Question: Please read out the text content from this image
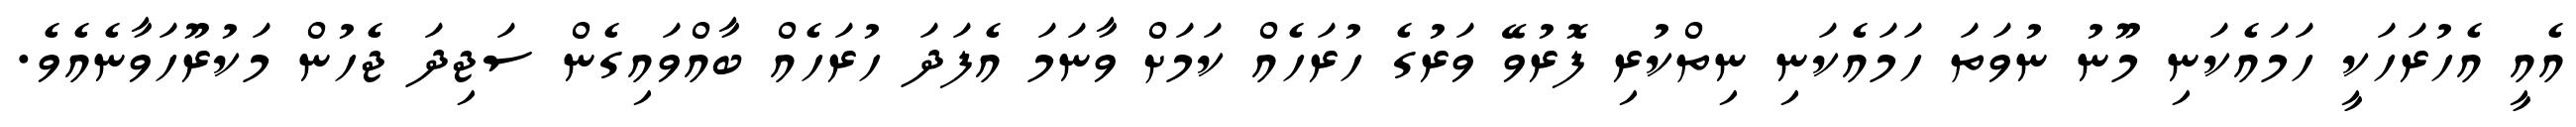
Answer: އެއީ އެހުރަހަކީ ހަމައެކަނި މޫނު ނުވަތަ ހަމައެކަނި ނިތްކުރި ފޮރުވޭ ވަރުގެ ހުރަހެއް ކަމަށް ވާނަމަ އެފަދަ ހުރަހެއް ބާއްވައިގެން ސަޖިދަ ޖެހުން މަކުރޫހަވާނެއެވެ.